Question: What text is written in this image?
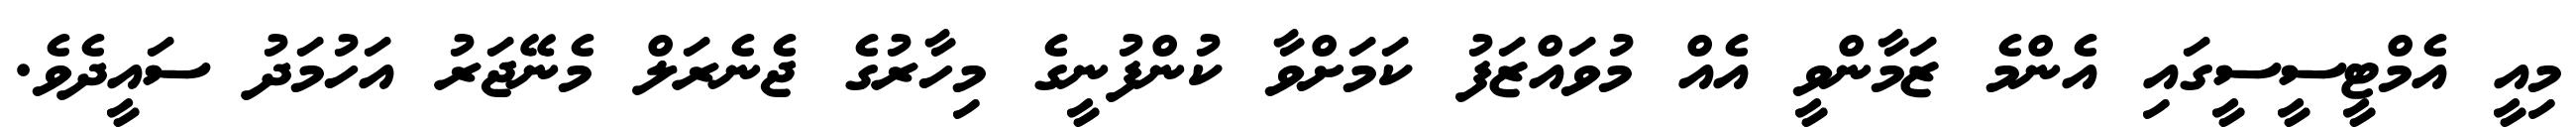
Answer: މިއީ އެމްޓީސީސީގައި އެންމެ ޒަމާންވީ އެއް މުވައްޒަފު ކަމަށްވާ ކުންފުނީގެ މިހާރުގެ ޖެނެރަލް މެނޭޖަރު އަހުމަދު ސައީދެވެ.